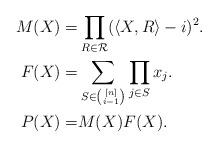
LaTeX: \begin{align*}M(X)=& \prod_{R \in \mathcal{R}} (\left\langle X,R \right\rangle -i)^2. \\F(X)=& \sum_{S \in \binom{[n]}{i-1}} \prod_{j \in S} x_j. \\P(X)=&M(X)F(X).\end{align*}